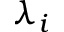
\lambda _ { i }